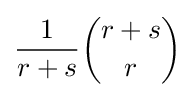
{\frac {1}{r+s}}{\binom {r+s}{r}}